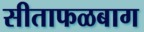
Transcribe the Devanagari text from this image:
सीताफळबाग